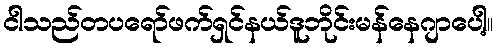
ငါသည်တပရော်ဖက်ရှင်နယ်ဒူဘိုင်းမန်နေဂျာပေါ့။